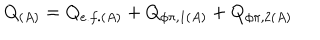
LaTeX: Q _ { ( A ) } = Q _ { e . f . ( A ) } + Q _ { \phi \pi , 1 ( A ) } + Q _ { \phi \pi , 2 ( A ) }